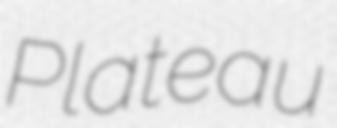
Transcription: Plateau